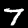
Label: 7